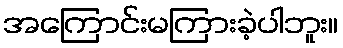
အကြောင်းမကြားခဲ့ပါဘူး။